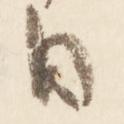
日